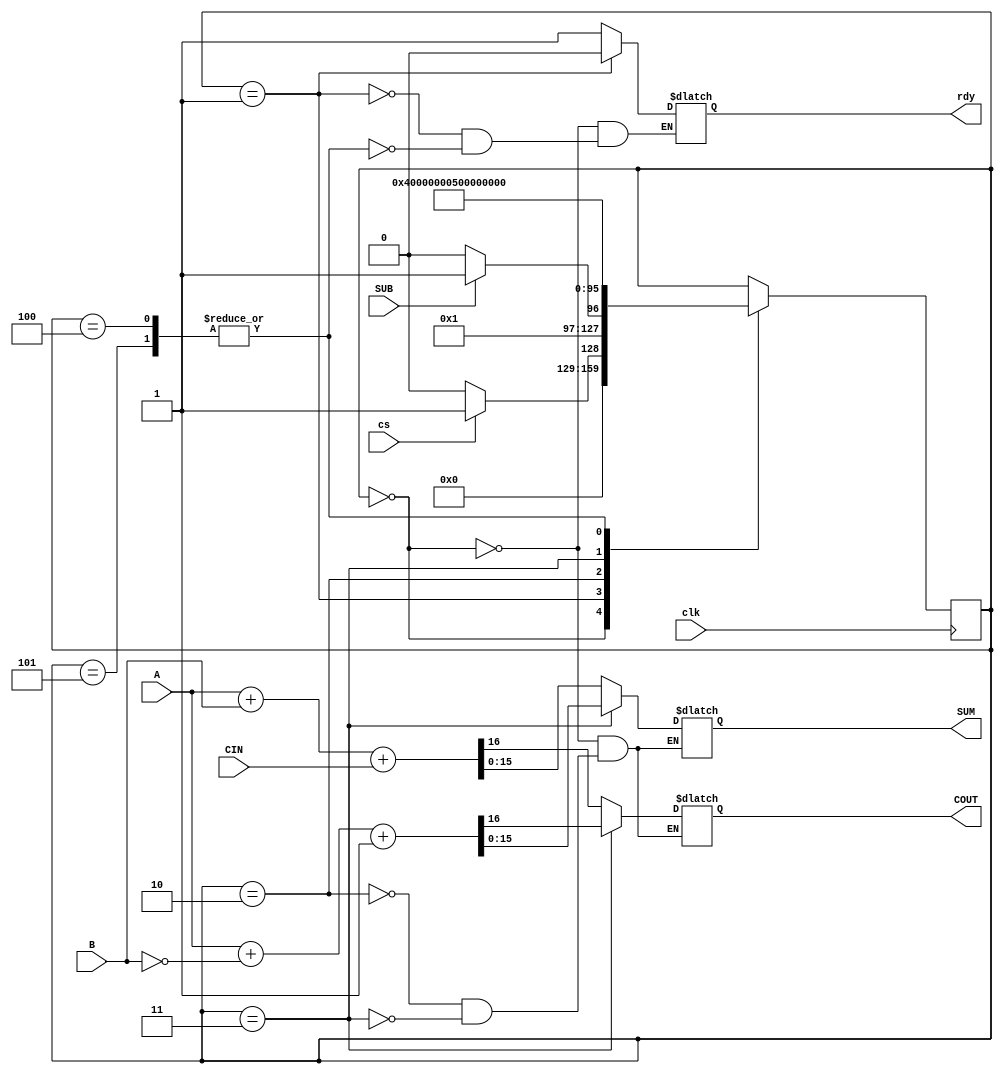
`timescale 1ns / 1ps
//////////////////////////////////////////////////////////////////////////////////
// Company: 
// Engineer: 
// 
// Design Name: 
// Module Name: add_sub
// Project Name: 
// Target Devices: 
// Tool Versions: 
// Description: 
// 
// Dependencies: 
// 
// Revision:
// Revision 0.01 - File Created
// Additional Comments:
// 
//////////////////////////////////////////////////////////////////////////////////


module add_sub(clk,SUM,COUT,A,B,CIN,SUB,cs,rdy);   
 input [15:0]A,B;
 input SUB,cs,CIN,clk;
 output reg [15:0]SUM;
 output reg COUT,rdy;
 integer state;
initial
state=0;
always@(posedge clk)
    begin
        case(state)
            0:begin
                if(cs)  state=1;
                else    state=0;
            end
            1:begin
                if(SUB) state=3;
                else state=2;
            end
            2:state=4;
            3:state=5;
            4,5:state=0;
        endcase        
    end
 always@(state)
        begin 
        case(state)  
            0:begin
             rdy=1;
             SUM=16'bZ; 
             COUT=1'bZ;
             end
            1:begin
             rdy=0;
             end  
            2:begin
             {COUT,SUM}=A+B+CIN;
             //rdy=1;
             end 
            3:begin
              {COUT,SUM}=A+~B+1;
             // rdy=1;           
              end 
              4,5:rdy=1;
         endcase              
        end
endmodule